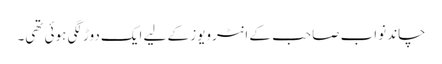
چاند نواب صاحب کے انٹرویوز کے لیے ایک دوڑ لگی ہوئی تھی۔